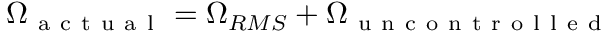
\Omega _ { \mathrm { ~ a ~ c ~ t ~ u ~ a ~ l ~ } } = \Omega _ { R M S } + \Omega _ { \mathrm { ~ u ~ n ~ c ~ o ~ n ~ t ~ r ~ o ~ l ~ l ~ e ~ d ~ } }